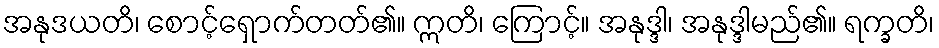
အနုဒယတိ၊ စောင့်ရှောက်တတ်၏။ ဣတိ၊ ကြောင့်။ အနုဒ္ဒါ၊ အနုဒ္ဒါမည်၏။ ရက္ခတိ၊